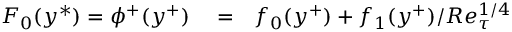
\begin{array} { r l r } { F _ { 0 } ( y ^ { \ast } ) = \phi ^ { + } ( y ^ { + } ) } & { { } = } & { f _ { 0 } ( y ^ { + } ) + f _ { 1 } ( y ^ { + } ) / R e _ { \tau } ^ { 1 / 4 } } \end{array}